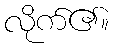
လိုက်၏။